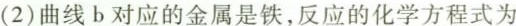
(2)曲线b对应的金属是铁，反应的化学方程式为